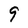
Character: g